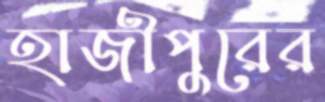
হাজীপুরের